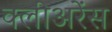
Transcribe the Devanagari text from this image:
क्लीअरेंस